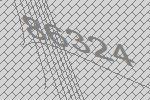
86324